Document type: Sale
Year: 1423
Scribe: Joan Franc
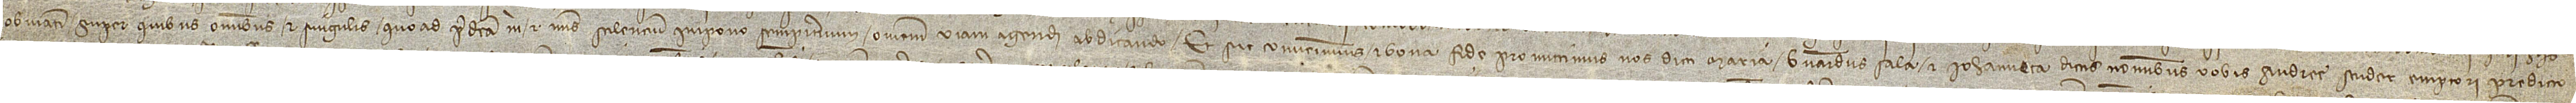
obvianti. Super quibus omnibus et singulis quo ad predicti mihi et meis scilencium impono sempiternum, omnem viam agendi abdicando. Et sic convenimus et bona fide promittimus nos dicti Maria, Bernardus Sala et Iohanneta dictis nominibus vobis Andree Scuder, emptori predicto,